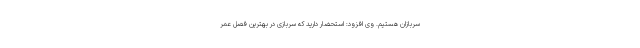
سربازان هستیم. وی افزود: استحضار دارید که سربازی در بهترین فصل عمر